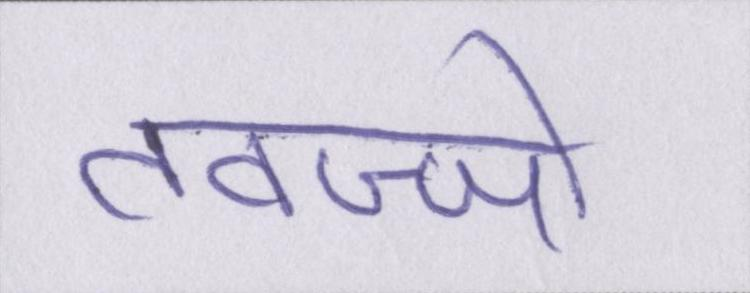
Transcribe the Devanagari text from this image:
तवज्जो